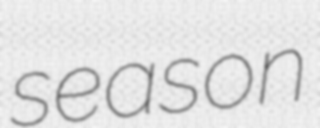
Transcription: season